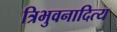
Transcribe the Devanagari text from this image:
त्रिभुवनादित्य